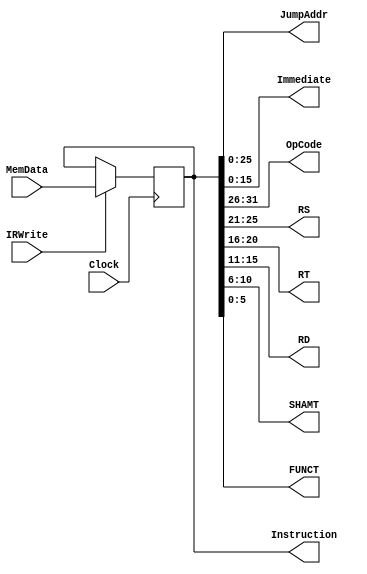
module InstructionRegister(Instruction, JumpAddr, Immediate, OpCode, RS, RT,
			   RD, SHAMT, FUNCT, MemData, IRWrite, Clock);
    output [31:0] Instruction;
    output [25:0] JumpAddr;
    output [15:0] Immediate;
    output [5:0] OpCode, FUNCT;
    output [4:0] RS, RT, RD, SHAMT;
    input [31:0] MemData;
    input IRWrite, Clock;
    
    reg [31:0] Instruction;
    
    always @ (posedge Clock) 
      begin
         if (IRWrite) begin
            Instruction <= MemData;
         end
      end
    
    assign OpCode = Instruction[31:26];
    assign RS = Instruction[25:21];
    assign RT = Instruction[20:16];
    assign RD = Instruction[15:11];
    assign SHAMT = Instruction[10:6];
    assign FUNCT = Instruction[5:0];
    assign Immediate = Instruction[15:0];
    assign JumpAddr = Instruction[25:0];
endmodule